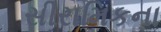
સીરામિકના